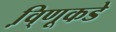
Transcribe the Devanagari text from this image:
वि़्णूकडे